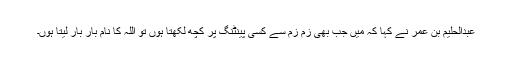
عبدالحلیم بن عمر نے کہا کہ میں جب بھی زم زم سے کسی پینٹنگ پر کچھ لکھتا ہوں تو اللہ کا نام بار بار لیتا ہوں۔